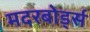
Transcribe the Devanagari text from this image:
मदरबोर्ड्स